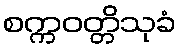
စက္ကဝတ္တိသုခံ